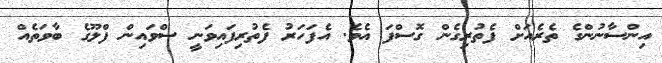
އިންސާނުންގެ ތެރެއަށް ފެތުރިގެން ގޮސްފަ އެވެ. އެފަހަރު ފެތުރިފައިވަނީ ސްވައިން ފްލޫގެ ބާވަތެއް